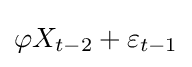
\varphi X_{t-2}+\varepsilon _{t-1}